Report on horse surra - Volume I
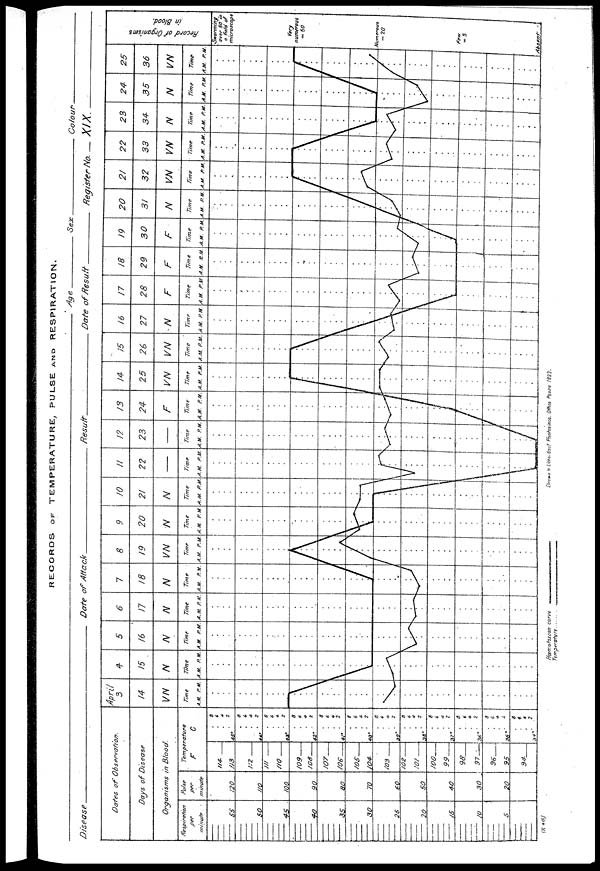
RECORDS OF TEMPERATURE, PULSE AND RESPIRATION.